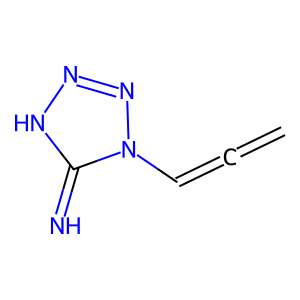
SMILES: C=C=Cn1nn[nH]c1=N
Inhibits HIV replication: No